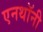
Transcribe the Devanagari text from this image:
एनथॉनी